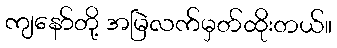
ကျနော်တို့ အမြဲလက်မှတ်ထိုးတယ်။